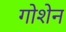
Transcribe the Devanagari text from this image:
गोशेन